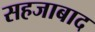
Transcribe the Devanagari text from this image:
सहजाबाद